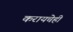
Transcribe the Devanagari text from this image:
करायचेही